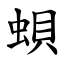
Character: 蛽